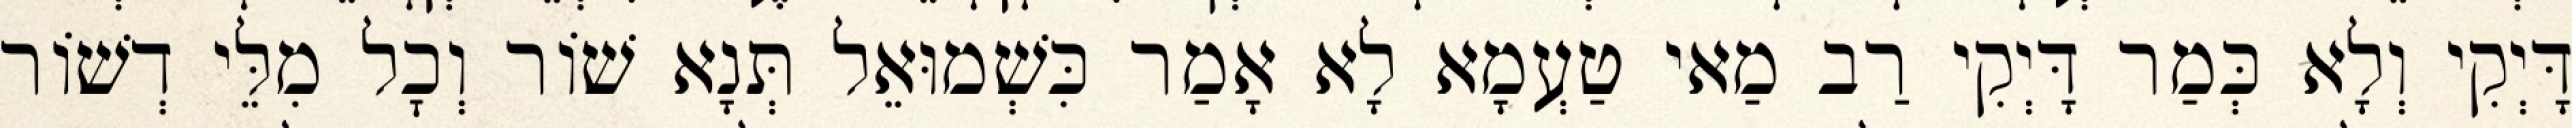
דָּיְקִי וְלָא כְּמַר דָּיְקִי רַב מַאי טַעְמָא לָא אָמַר כִּשְׁמוּאֵל תְּנָא שׁוֹר וְכׇל מִלֵּי דְשׁוֹר